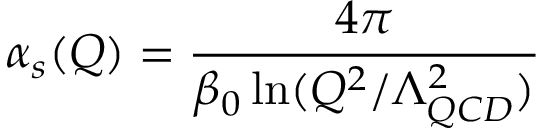
\alpha _ { s } ( Q ) = \frac { 4 \pi } { \beta _ { 0 } \ln ( Q ^ { 2 } / \Lambda _ { Q C D } ^ { 2 } ) }